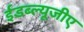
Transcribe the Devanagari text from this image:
ईडब्ल्यूजीए